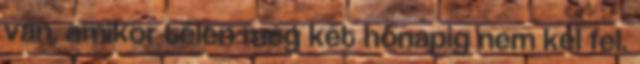
van, amikor télen meg két hónapig nem kel fel.